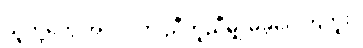
သူတို့တွေ အလုပ်ကို ညီတူညီမျှ မခွဲဝေကြဘူး။